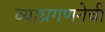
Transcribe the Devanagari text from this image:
व्याघ्रगणनेची